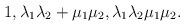
LaTeX: \begin{align*}1, \lambda_1\lambda_2+\mu_1\mu_2,\lambda_1\lambda_2\mu_1\mu_2.\end{align*}